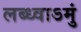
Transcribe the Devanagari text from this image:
लब्ध्वाऽमुं